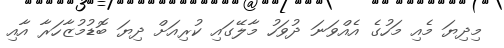
މިދިޔަ މެއި މަހުގެ އެއްވަނަ ދުވަހު މާލޭގައި ކުރިއަށް ދިޔަ ބޮޑުމުޒާހަރާ އާއި